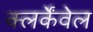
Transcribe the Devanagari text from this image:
क्लर्केंवेल